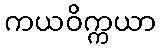
ကယဝိက္ကယာ